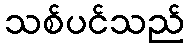
သစ်ပင်သည်